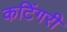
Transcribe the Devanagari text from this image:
कटिंगरी